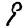
Digit: 9